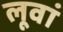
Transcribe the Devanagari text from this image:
लूवां